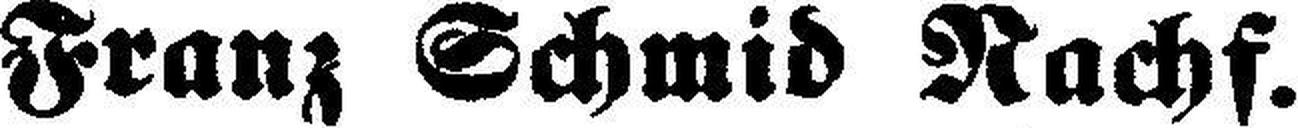
Franz Schmid Nachf.